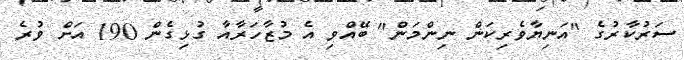
ސަރުކާރުގެ "އަނިޔާވެރިކަން ނިންމަން" ބޭއްވި އެ މުޒާހަރާއާ ގުޅިގެން 190 އަށް ވުރެ